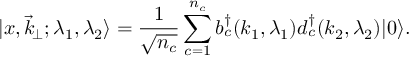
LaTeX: \vert x , \vec { k } _ { \! \perp } ; \lambda _ { 1 } , \lambda _ { 2 } \rangle = { \frac { 1 } { \sqrt { n _ { c } } } } \sum _ { c = 1 } ^ { n _ { c } } b _ { c } ^ { \dagger } ( k _ { 1 } , \lambda _ { 1 } ) d _ { c } ^ { \dagger } ( k _ { 2 } , \lambda _ { 2 } ) \vert 0 \rangle .